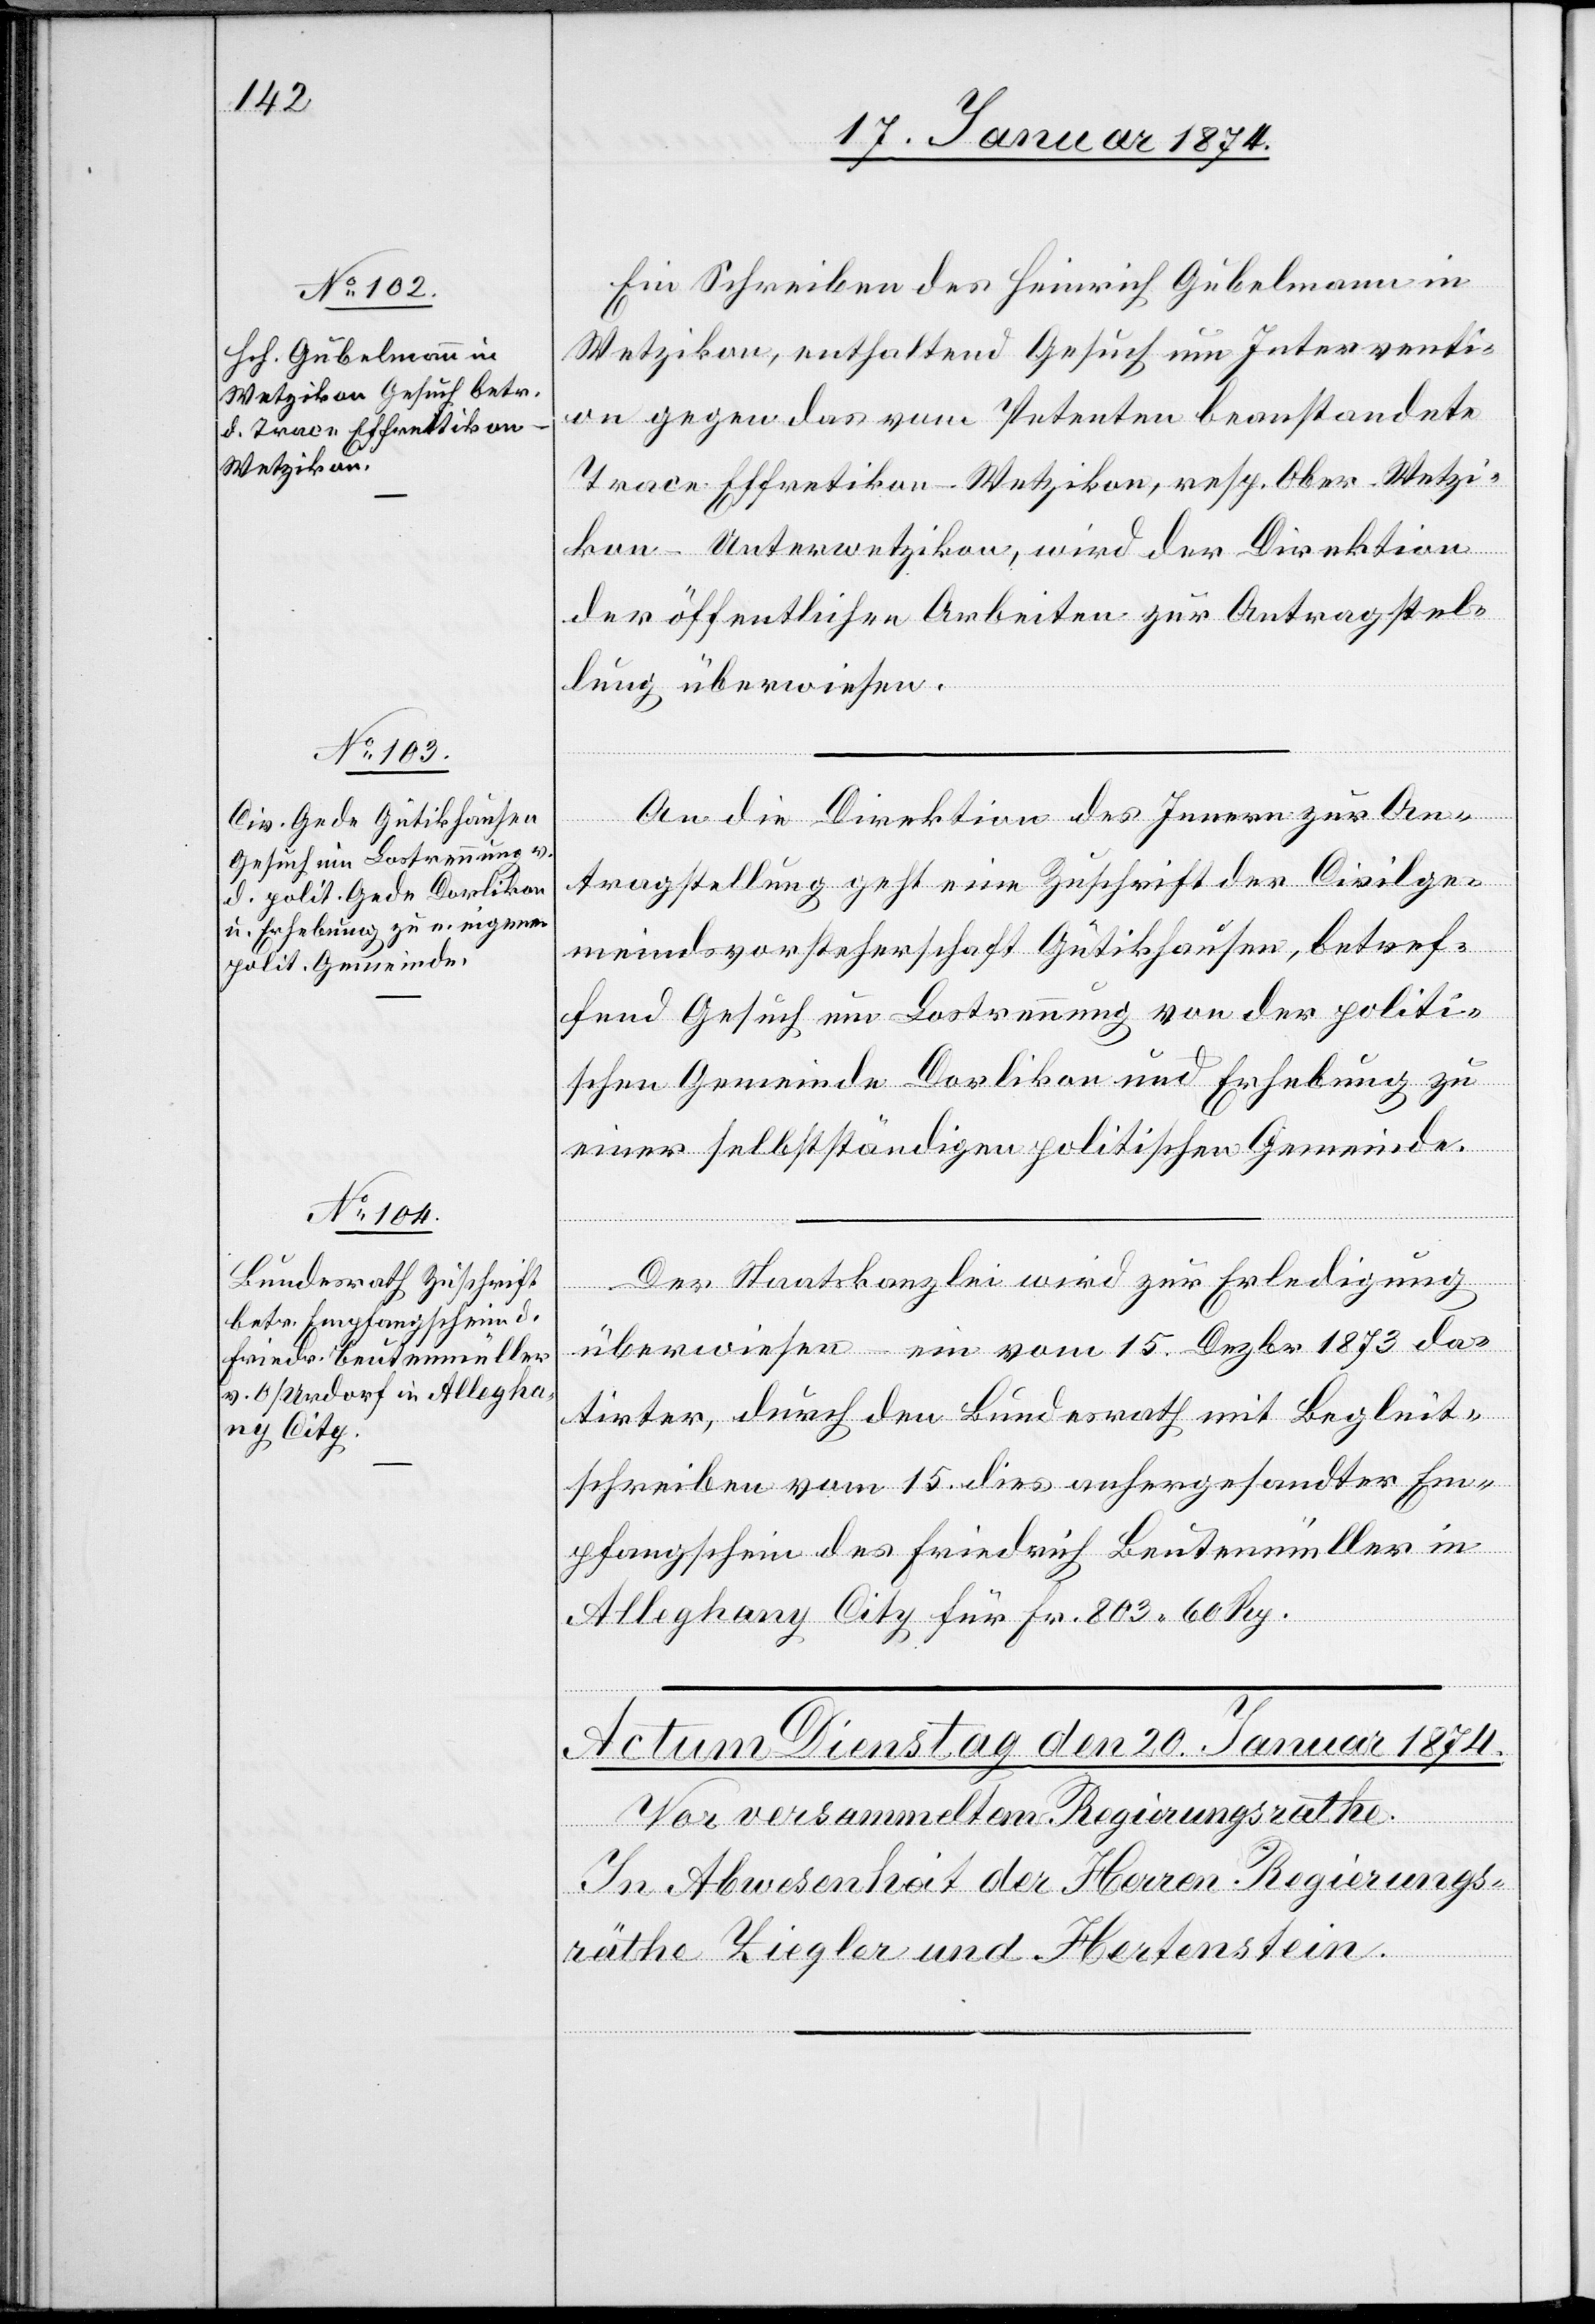
Ein Schreiben des Heinrich Gubelmann in
Wetzikon, enthaltend Gesuch um Interventi¬
on gegen das vom Petenten beanstandete
Trace Effretikon-Wetzikon, resp. Ober Wetzi¬
kon-Unterwetzikon, wird der Direktion
der öffentlichen Arbeiten zur Antragstel¬
lung überwiesen.
An die Direktion des Innern zur An¬
tragstellung geht eine Zuschrift der Civilge¬
meindsvorsteherschaft Gütikhausen, betref¬
fend Gesuch um Lostrennung von der politi¬
schen Gemeinde Dorlikon und Erhebung zu
einer selbstständigen politischen Gemeinde.
Der Staatskanzlei wird zur Erledigung
überwiesen ein vom 15. Dezbr. 1873 da¬
tirter, durch den Bundesrath mit Begleit¬
schreiben vom 15. dies anhergesandter Em¬
pfangschein des Friedrich Beutenmüller in
Alleghany City für Fr. 803.60 Rp.